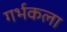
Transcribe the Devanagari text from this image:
गर्भकला